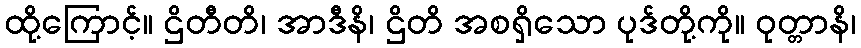
ထို့ကြောင့်။ ဌိတီတိ၊ အာဒီနိ၊ ဌိတိ အစရှိသော ပုဒ်တို့ကို။ ဝုတ္တာနိ၊